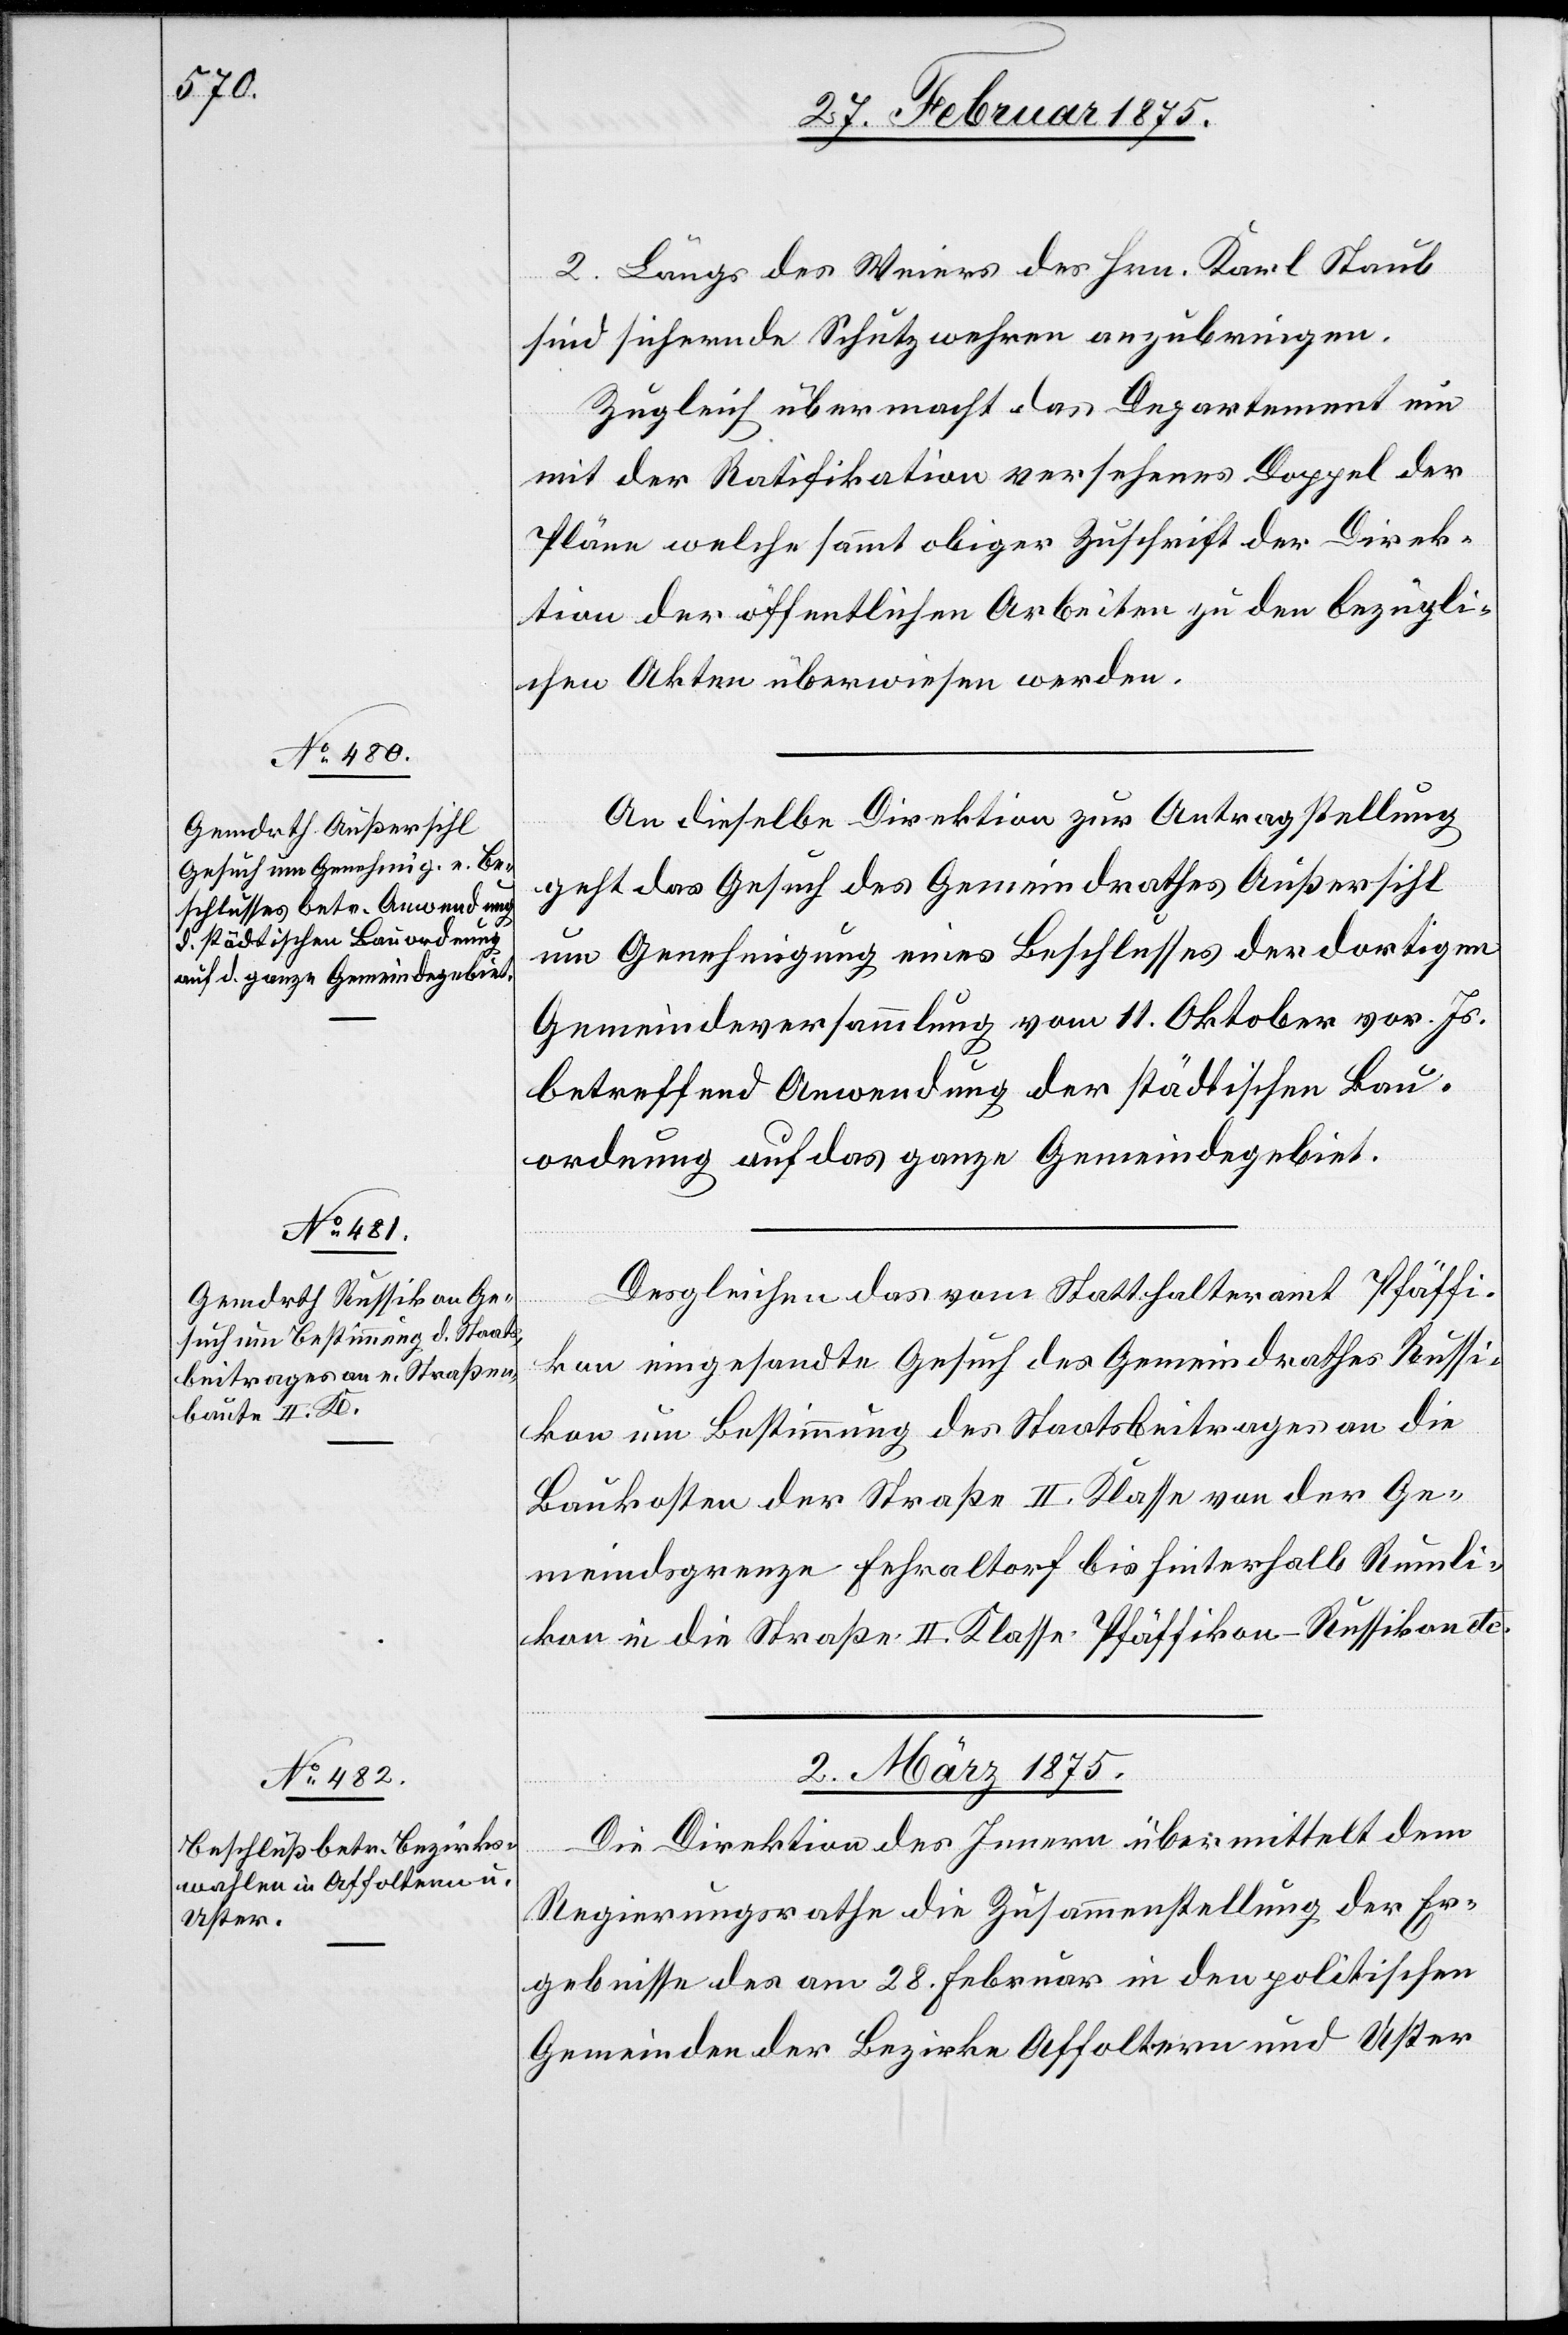
2. Längs des Weiers des Hrn. Karl Staub
sind sichernde Schutzwehren anzubringen.
Zugleich übermacht das Departement ein
mit der Ratifikation versehenes Doppel der
Pläne welche sammt obiger Zuschrift der Direk¬
tion der öffentlichen Arbeiten zu den bezügli¬
chen Akten überwiesen werden.
An dieselbe Direktion zur Antragstellung
geht das Gesuch des Gemeindrathes Außersihl
um Genehmigung eines Beschlusses der dortigen
Gemeindeversammlung vom 11. Oktober vor. Js.
betreffend Anwendung der städtischen Bau¬
ordnung auf das ganze Gemeindegebiet.
Desgleichen das vom Statthalteramt Pfäffi¬
kon eingesandte Gesuch des Gemeinderathes Russi¬
kon um Bestimmung des Staatsbeitrages an die
Baukosten der Straße II. Klasse von der Ge¬
meindsgrenze Fehraltorf bis hinterhalb Rumli¬
kon in die Straße II. Klasse Pfäffikon–Russikon etc.
2. März 1875
Die Direktion des Innern übermittelt dem
Regierungsrathe die Zusammenstellung der Er¬
gebnisse des am 28. Februar in den politischen
Gemeinden der Bezirke Affoltern und Uster